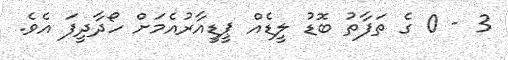
3 - 0 ގެ ތަފާތު ބޮޑު ލީޑެއް ޕީޑީއާރުއެމަށް ހޯދާދީފަ އެވެ.